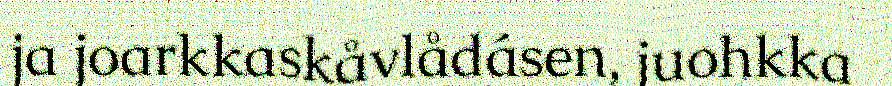
ja joarkkaskåvlådásen, juohkka